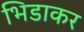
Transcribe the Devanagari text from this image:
भिडाकर